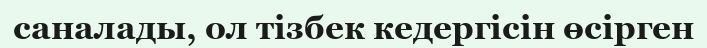
саналады, ол тізбек кедергісін өсірген